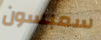
سمبسون